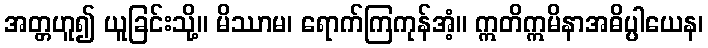
အတ္တဟူ၍ ယူခြင်းသို့။ မိဿာမ၊ ရောက်ကြကုန်အံ့။ ဣတိဣမိနာအဓိပ္ပါယေန၊